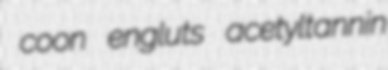
coon engluts acetyltannin